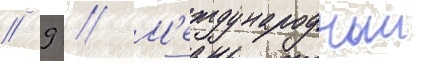
// 9 // М'еждународныи